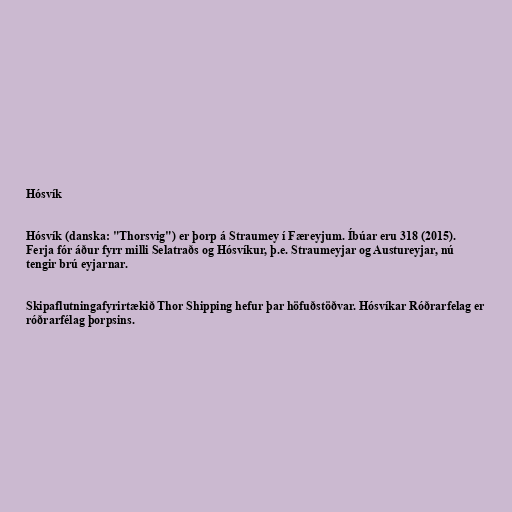
Hósvík

Hósvík (danska: "Thorsvig") er þorp á Straumey í Færeyjum. Íbúar eru 318 (2015).
Ferja fór áður fyrr milli Selatraðs og Hósvíkur, þ.e. Straumeyjar og Austureyjar, nú
tengir brú eyjarnar.

Skipaflutningafyrirtækið Thor Shipping hefur þar höfuðstöðvar. Hósvíkar Róðrarfelag er
róðrarfélag þorpsins.